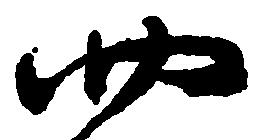
四